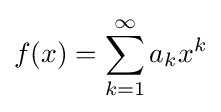
f(x)=\sum _{k=1}^{\infty }a_{k}x^{k}